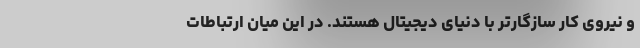
و نیروی کار سازگارتر با دنیای دیجیتال هستند. در این میان ارتباطات